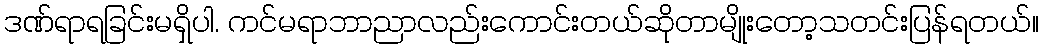
ဒဏ်ရာရခြင်းမရှိပါ. ကင်မရာဘာညာလည်းကောင်းတယ်ဆိုတာမျိုးတော့သတင်းပြန်ရတယ်။